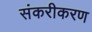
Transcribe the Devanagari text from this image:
संकरीकरण